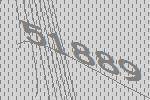
51889